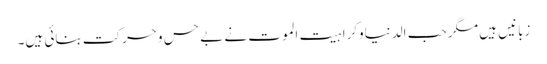
زبانیں ہیں مگر حب الدنیاوکراہیت الموت نے بے حس وحرکت بنائی ہیں۔